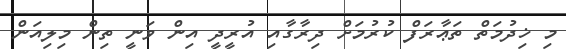
މި ޚިދުމަތް ތަޢާރަފް ކުރުމަށް ދިރާގާއި އުރީދީ އިން ވަނީ ތިން މިލިއަން